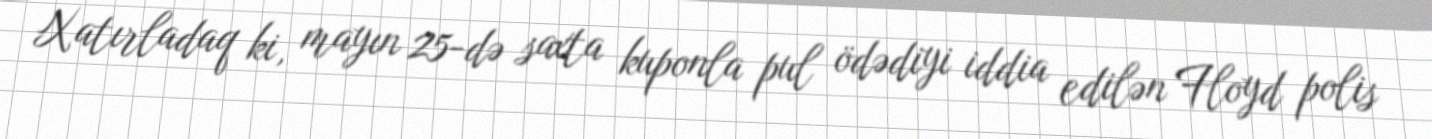
Xatırladaq ki, mayın 25-də saxta kuponla pul ödədiyi iddia edilən Floyd polis